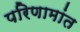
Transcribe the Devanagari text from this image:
परिणामांत